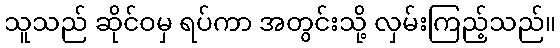
သူသည် ဆိုင်ဝမှ ရပ်ကာ အတွင်းသို့ လှမ်းကြည့်သည်။